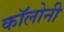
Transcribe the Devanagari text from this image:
काॅलोनी